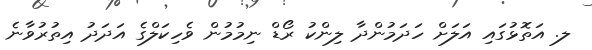
ލ. އަތޮޅުގައި އަލަށް ހަދަމުންދާ ލިންކު ރޯޑް ނިމުމުން ވެހިކަލްގެ އަދަދު އިތުރުވާނެ